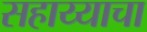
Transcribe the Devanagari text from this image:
सहाय्याचा